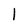
Character: 1